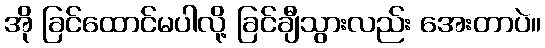
အို ခြင်ထောင်မပါလို့ ခြင်ချီသွားလည်း အေးတာပဲ။